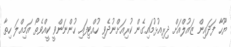
ޔޫހާ ފަދައިން ޒައުލްއަށް ދިރިއުޅުމައިގެން ކުރިއަށްނުދެވި ހުއްޓިފައި ހުންނަންވީ ކީއްވެތޯ އަމިއްލަ ހިތާ